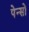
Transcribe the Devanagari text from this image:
पेन्सो